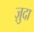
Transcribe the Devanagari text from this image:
ज़ुदा